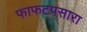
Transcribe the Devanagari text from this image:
फाफटपसारा